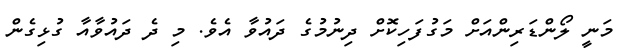
މަނީ ލޯންޑަރިންއަށް މަގުފަހިކޮށް ދިނުމުގެ ދައުވާ އެވެ. މި ދެ ދައުވާއާ ގުޅިގެން